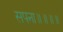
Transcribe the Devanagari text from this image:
सपना॥॥॥॥